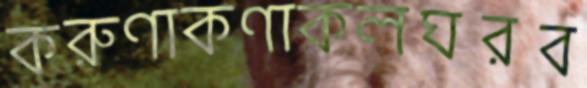
করুণাকণাকলঘরব